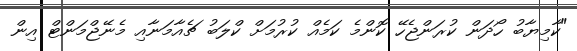
"ކާމިޔާބު ހޯދަން ކުރަންޖެހޭ ކޮންމެ ކަމެއް ކުރުމަށް ކްލަބު ޗެއާމަނާއި މެނޭޖްމަންޓް އިން